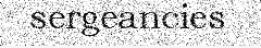
sergeancies